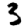
Digit: 3